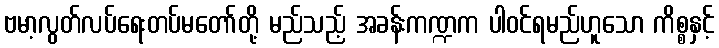
ဗမာ့လွတ်လပ်ရေးတပ်မတော်တို့ မည်သည့် အခန်းကဏ္ဍက ပါဝင်ရမည်ဟူသော ကိစ္စနှင့်